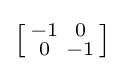
\left[{\begin{smallmatrix}-1&0\\0&-1\\\end{smallmatrix}}\right]